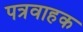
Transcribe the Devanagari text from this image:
पत्रवाहक